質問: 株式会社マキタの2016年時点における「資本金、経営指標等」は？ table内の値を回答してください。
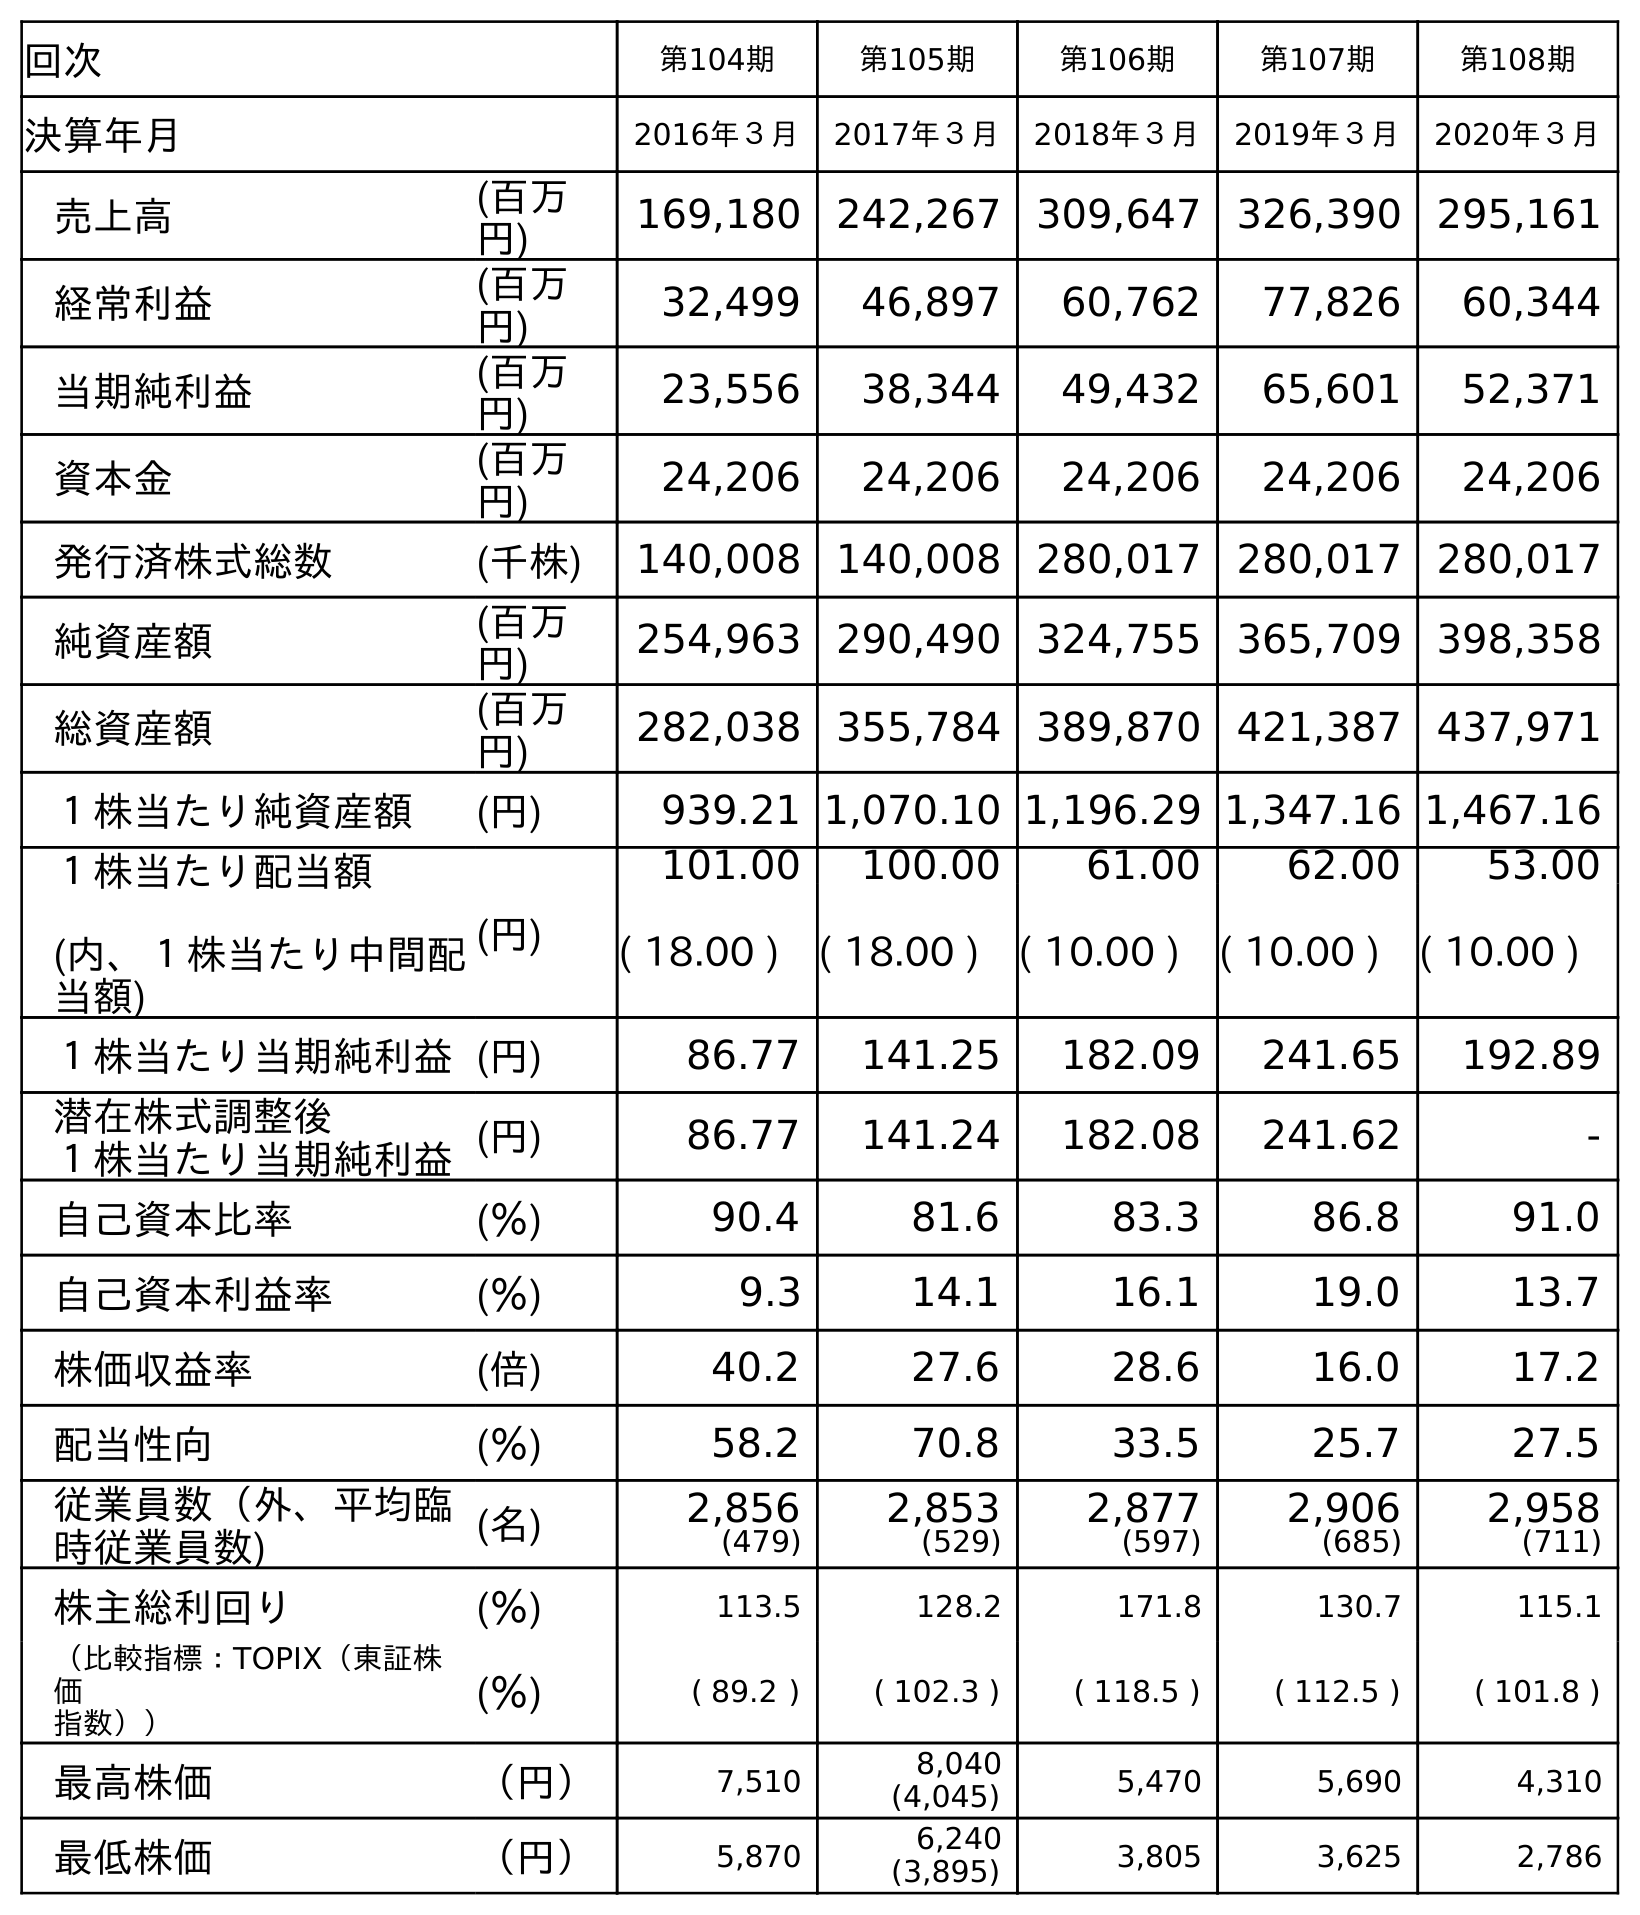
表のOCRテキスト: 回次 第104期 第105期 第106期 第107期 第108期 決算年月 2016年３月 2017年３月 2018年３月 2019年３月 2020年３月 売上高 (百万 円) 169,180 242,267 309,647 326,390 295,161 経常利益 (百万 円) 32,499 46,897 60,762 77,826 60,344 当期純利益 (百万 円) 23,556 38,344 49,432 65,601 52,371 資本金 (百万 円) 24,206 24,206 24,206 24,206 24,206 発行済株式総数 (千株) 140,008 140,008 280,017 280,017 280,017 純資産額 (百万 円) 254,963 290,490 324,755 365,709 398,358 総資産額 (百万 円) 282,038 355,784 389,870 421,387 437,971 １株当たり純資産額 (円) 939.21 1,070.10 1,196.29 1,347.16 1,467.16 １株当たり配当額 (内、１株当たり中間配 当額) (円) 101.00 100.00 61.00 62.00 53.00 ( 18.00 ) ( 18.00 ) ( 10.00 ) ( 10.00 ) ( 10.00 ) １株当たり当期純利益(円) 86.77 141.25 182.09 241.65 192.89 潜在株式調整後 １株当たり当期純利益(円) 86.77 141.24 182.08 241.62 - 自己資本比率 (％) 90.4 81.6 83.3 86.8 91.0 自己資本利益率 (％) 9.3 14.1 16.1 19.0 13.7 株価収益率 (倍) 40.2 27.6 28.6 16.0 17.2 配当性向 (％) 58.2 70.8 33.5 25.7 27.5 従業員数（外、平均臨 時従業員数) (名) 2,856 (479) 2,853 (529) 2,877 (597) 2,906 (685) 2,958 (711) 株主総利回り (％) 113.5 128.2 171.8 130.7 115.1 （比較指標：TOPIX（東証株 価 指数）） (％) ( 89.2 ) ( 102.3 ) ( 118.5 ) ( 112.5 ) ( 101.8 ) 最高株価 （円） 7,510 8,040 (4,045) 5,470 5,690 4,310 最低株価 （円） 5,870 6,240 (3,895) 3,805 3,625 2,786
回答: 24,206